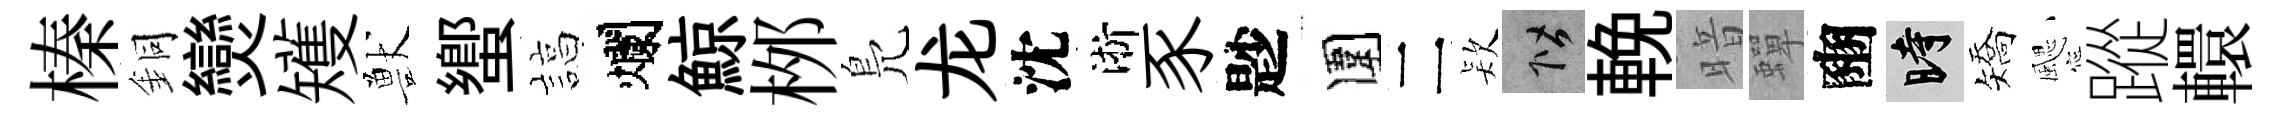
榛銅𤓖矱獸蠁諄爛鯨桞鳬龙沈淅豕尟圍二𣣇階輓暗蟬豳时矯颸蹤轘